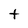
Character: t